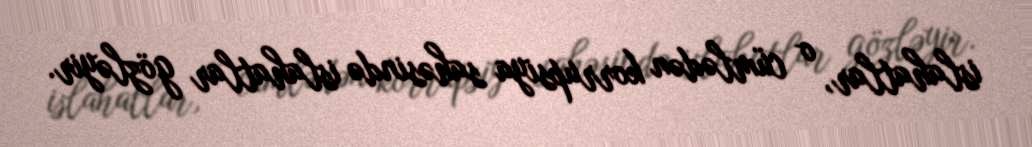
islahatlar, o cümlədən korrupsiya sahəsində islahatlar gözləyir.